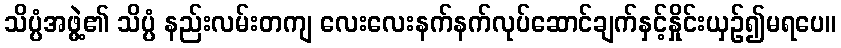
သိပ္ပံအဖွဲ့၏ သိပ္ပံ နည်းလမ်းတကျ လေးလေးနက်နက်လုပ်ဆောင်ချက်နှင့်နှိုင်းယှဉ်၍မရပေ။